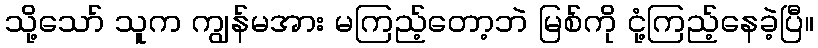
သို့သော် သူက ကျွန်မအား မကြည့်တော့ဘဲ မြစ်ကို ငုံ့ကြည့်နေခဲ့ပြီ။